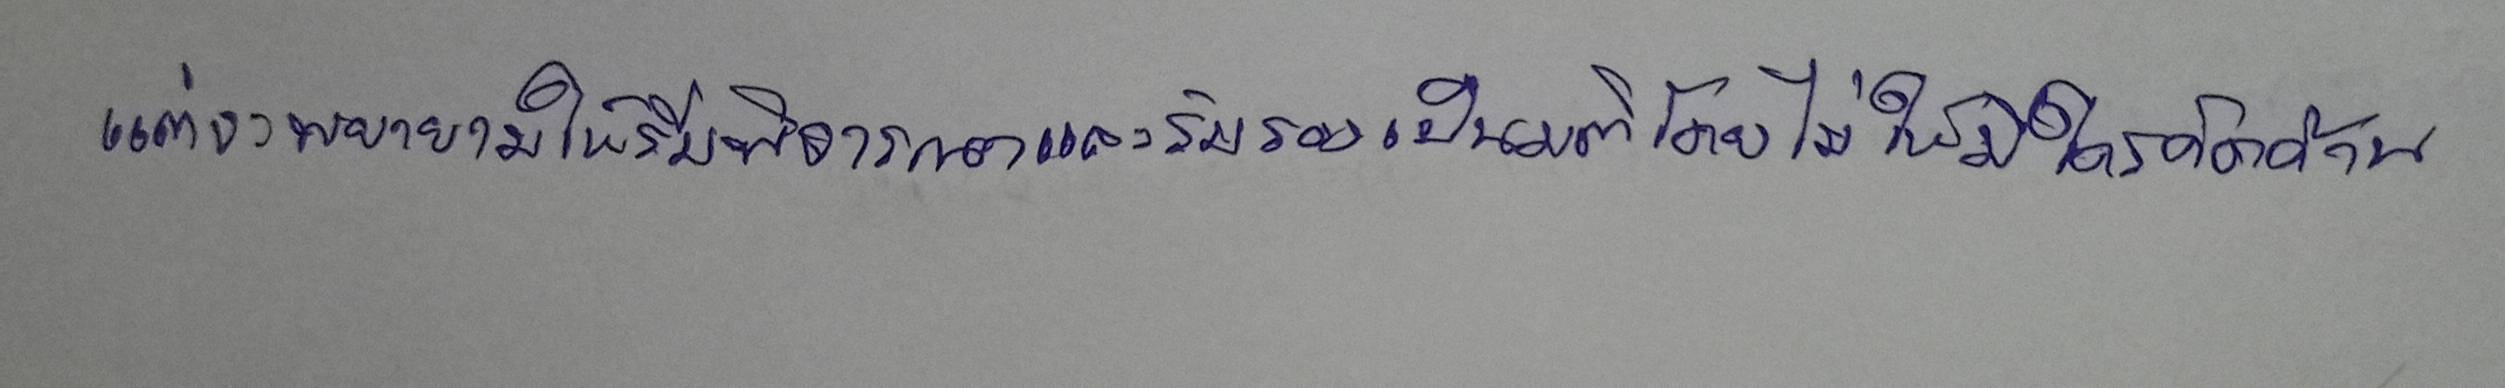
แต่จะพยายามให้รีบพิจารณาและรับรองเป็นมติโดยไม่ให้มีใครคัดค้าน